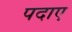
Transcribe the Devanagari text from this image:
पदाए